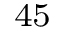
^ { 4 5 }